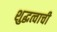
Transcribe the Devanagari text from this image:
शुद्धत्वाची